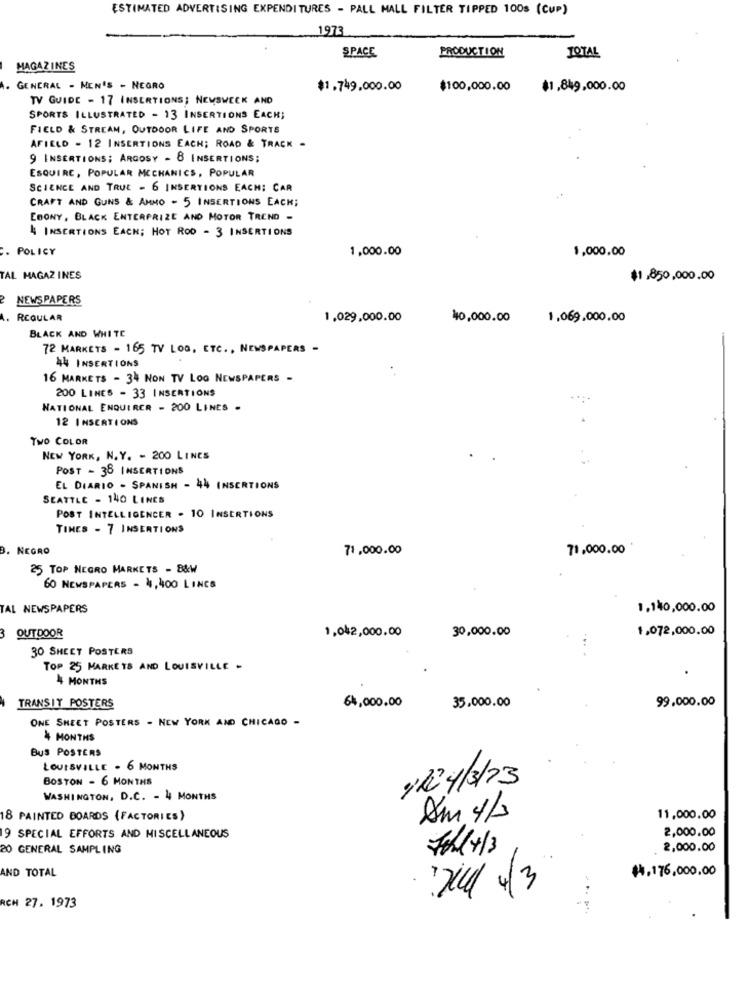
ESTIMATED ADVERTISING EXPENDITURES - PALL MALL FILTER TIPPED 100s (CUP)
1973
PRODUCTION
SPACE
TOTAL
MAGAZINES
GENERAL - MEN'S - NEGRO
$1.749,000.00
$100,000.00
$1,849,000.00
TV GUIDE - 17 INSERTIONS; NEWSWEEK AND
SPORTS ILLUSTRATED - 13 INSERTIONS EACH;
FIELD & STREAM, OUTDOOR LIFE AND SPORTS
AFIELD - 12 INSERTIONS EACH; ROAD & TRACK -
9 INSERTIONS; ARGOSY - 8 INSERTIONS;
ESQUIRE, POPULAR MECHANICS, POPULAR
SCIENCE AND TRUE - 6 INSERTIONS EACH: CAR
CRAFT AND GUNS & AMNO - 5 INSERTIONS EACH;
EBONY, BLACK ENTERPRISE AND MOTOR TREND -
4 INSERTIONS EACH; HOT ROD - 3 INSERTIONS
. POLICY
1,000.00
1,000.00
TAL MAGAZINES
$1,850,000.00
NEWSPAPERS
REGULAR
1.029,000.00
40,000.00
1,069.000.00
BLACK AND WHITE
72 MARKETS - 165 TV LOG, ETC ., NEWSPAPERS -
44 INSERTIONS
16 MARKETS - 34 NON TV LOG NEWSPAPERS -
200 LINES - 33 INSERTIONS
NATIONAL ENQUIRER - 200 LINES -
12 INSERTIONS
Two COLOR
NEW YORK, N. Y. - 200 LINES
POST - 38 INSERTIONS
EL DIARIO - SPANISH - 44 INSERTIONS
SEATTLE - 140 LINES
POST INTELLIGENCER - 10 INSERTIONS
TIMES - 7 INSERTIONS
3. NEGRO
71,000.00
71,000.00
25 TOP NEGRO MARKETS - B&W
60 NEWSPAPERS - 4, 400 LINCS
TAL NEWSPAPERS
1,140,000.00
30,000.00
1.072,000.00
3
OUT DOOR
1,042,000.00
30 SHEET POSTERS
TOP 25 MARKETS AND LOUISVILLE -
4 MONTHS
64,000.00
99.000.00
TRANSIT POSTERS
35.000.00
ONE SHEET POSTERS - NEW YORK AND CHICAGO -
4 MONTHS
BUS POSTERS
LOUISVILLE - 6 MONTHS
BOSTON - 6 MONTHS
12 /3/23
WASHINGTON, D.C. - 4 MONTHS
8 PAINTED BOARDS (FACTORIES)
Am 4/3
11,000.00
9 SPECIAL EFFORTS AND MISCELLANEOUS
2,000.00
20 GENERAL SAMPLING
Fth/4/3
2,000.00
AND TOTAL
$4,176,000.00
1204/ 4/3
ACH 27. 1973